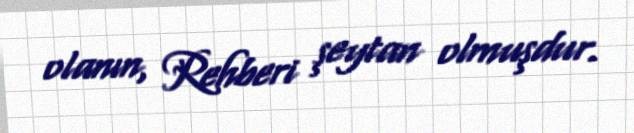
olanın, Rehberi şeytan olmuşdur.